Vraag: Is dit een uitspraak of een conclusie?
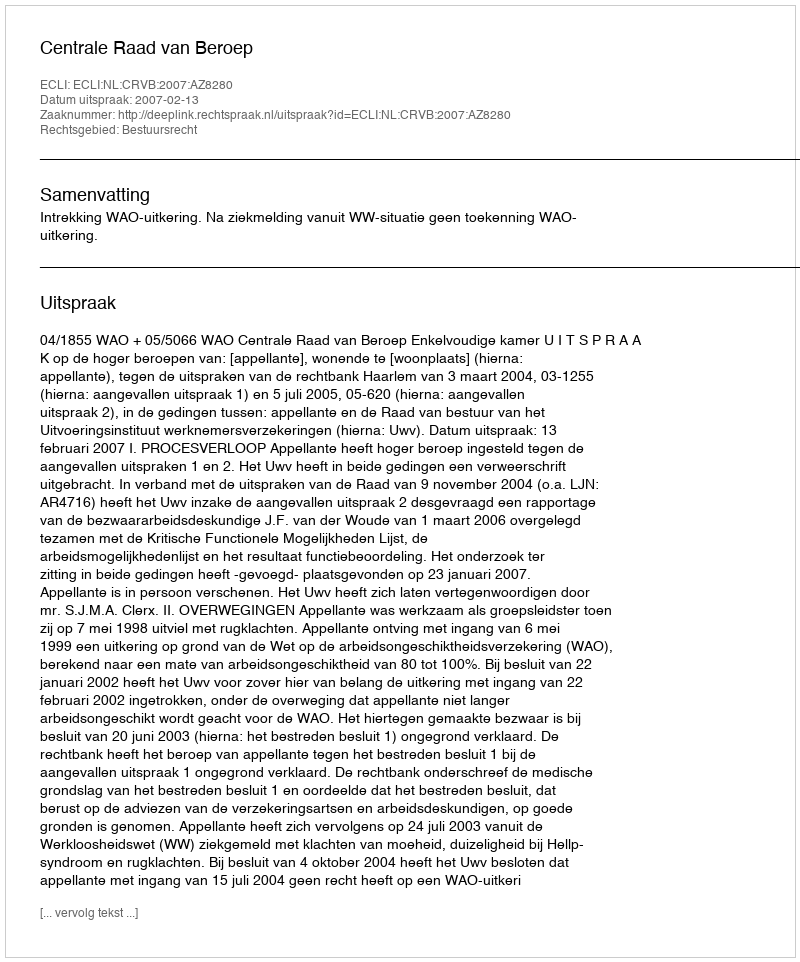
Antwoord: Uitspraak